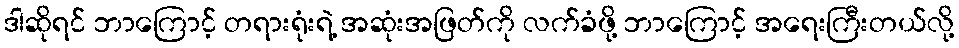
ဒါဆိုရင် ဘာကြောင့် တရားရုံးရဲ့ အဆုံးအဖြတ်ကို လက်ခံဖို့ ဘာကြောင့် အရေးကြီးတယ်လို့